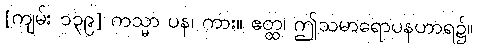
[ကျမ်း ၁၃၉] ကသ္မာ ပန၊ ကား။ ဧတ္ထ၊ ဤသမာရောပနဟာရ၌။